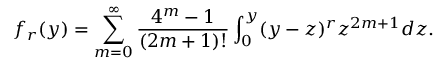
f _ { r } ( y ) = \sum _ { m = 0 } ^ { \infty } { \frac { 4 ^ { m } - 1 } { ( 2 m + 1 ) ! } } \int _ { 0 } ^ { y } ( y - z ) ^ { r } z ^ { 2 m + 1 } d z .